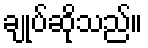
ချုပ်ဆိုသည်။